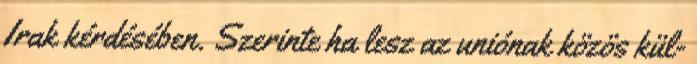
Irak kérdésében. Szerinte ha lesz az uniónak közös kül-